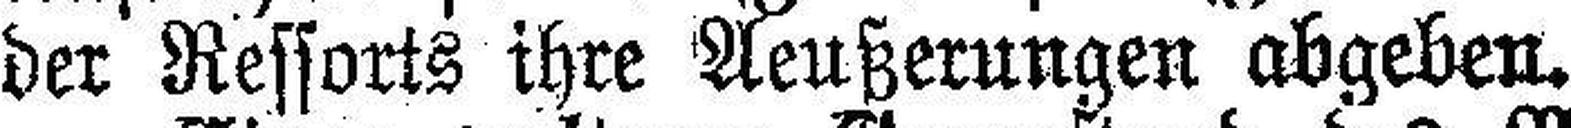
der Ressorts ihre Aeußerungen abgeben.